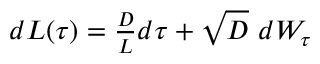
\begin{array} { r } { d L ( \tau ) = \frac { D } { L } d \tau + \sqrt { D } \ d W _ { \tau } } \end{array}